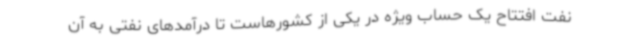
نفت افتتاح یک حساب ویژه در یکی از کشورهاست تا درآمدهای نفتی به آن